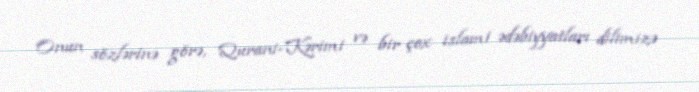
Onun sözlərinə görə, Qurani-Kərimi və bir çox islami ədəbiyyatları dilimizə